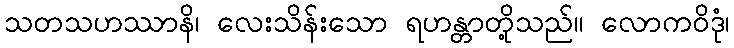
သတသဟဿာနိ၊ လေးသိန်းသော ရဟန္တာတို့သည်။ လောကဝိဒုံ၊